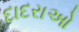
દાદરાઓ